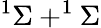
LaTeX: ^1\Sigma+^{1}\Sigma